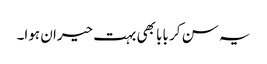
یہ سن کر بابا بھی بہت حیران ہوا۔